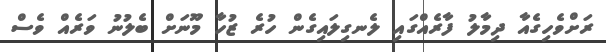
ރަށްވެހިގެއާ ދިމާލު ފާރެއްގައި ލެނގިލައިގެން ހުރެ ޒުހާ މޫނަށް ބެލުނު ވަރެއް ވެސް